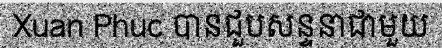
Xuan Phuc បានជួបសន្ទនាជាមួយ